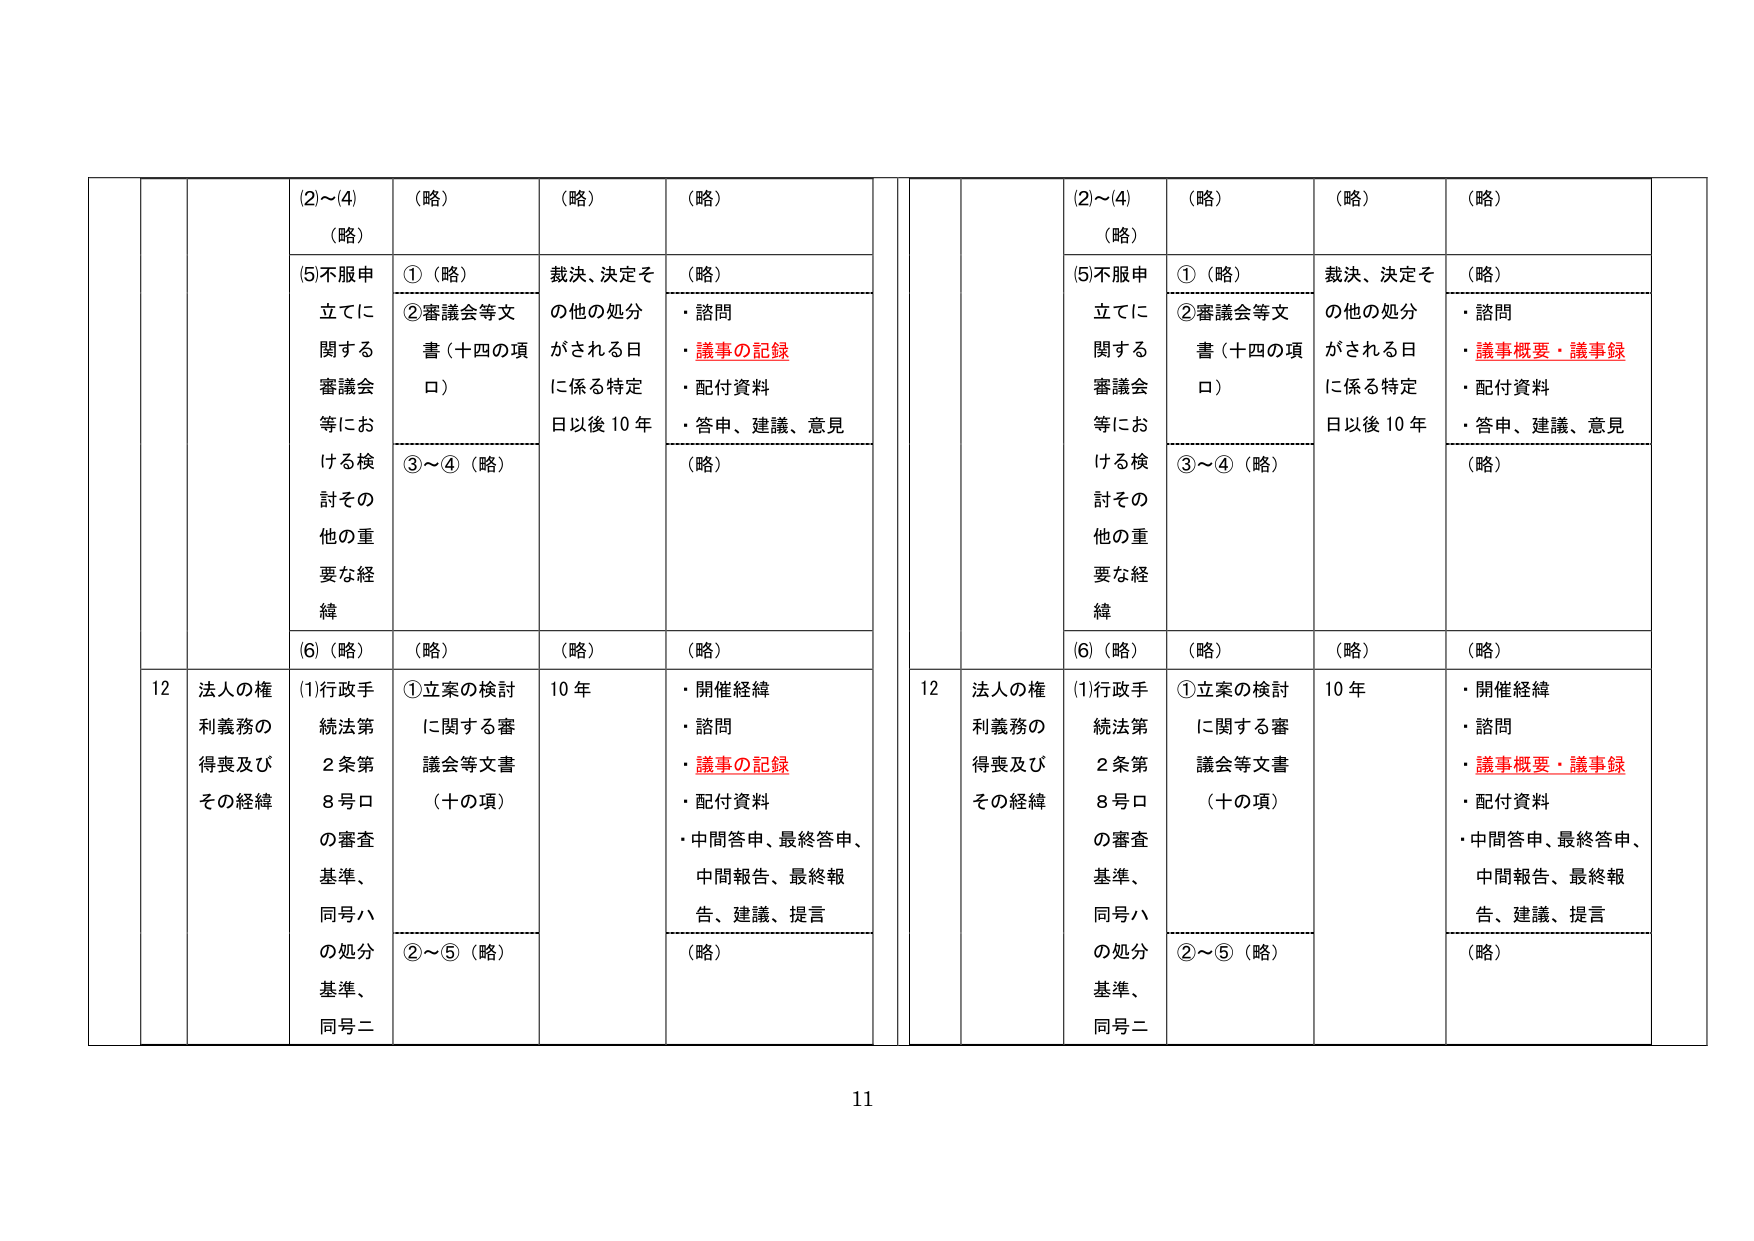
(2)～(4)
（略）

(5)不服申立てに関する審議会等における検討その他の重要な経緯

①（略）
②審議会等文書（十四の項口）
③～④（略）

裁決、決定その他の処分がされる日に係る特定日以後10年

（略）
・諮問
・議事の記録
・配付資料
・答申、建議、意見

（略）

(6)（略）
（略）
（略）
（略）

12 法人の権利義務の得喪及びその経緯

(1)行政手続法第2条第8号ロの審査基準、同号ハの処分基準、同号ニ

①立案の検討に関する審議会等文書（十の項）
②～⑤（略）

10年

・開催経緯
・諮問
・議事の記録
・配付資料
・中間答申、最終答申、中間報告、最終報告、建議、提言

（略）

(2)～(4)
（略）

(5)不服申立てに関する審議会等における検討その他の重要な経緯

①（略）
②審議会等文書（十四の項口）
③～④（略）

裁決、決定その他の処分がされる日に係る特定日以後10年

（略）
・諮問
・議事概要・議事録
・配付資料
・答申、建議、意見

（略）

(6)（略）
（略）
（略）
（略）

12 法人の権利義務の得喪及びその経緯

(1)行政手続法第2条第8号ロの審査基準、同号ハの処分基準、同号ニ

①立案の検討に関する審議会等文書（十の項）
②～⑤（略）

10年

・開催経緯
・諮問
・議事概要・議事録
・配付資料
・中間答申、最終答申、中間報告、最終報告、建議、提言

（略）

11